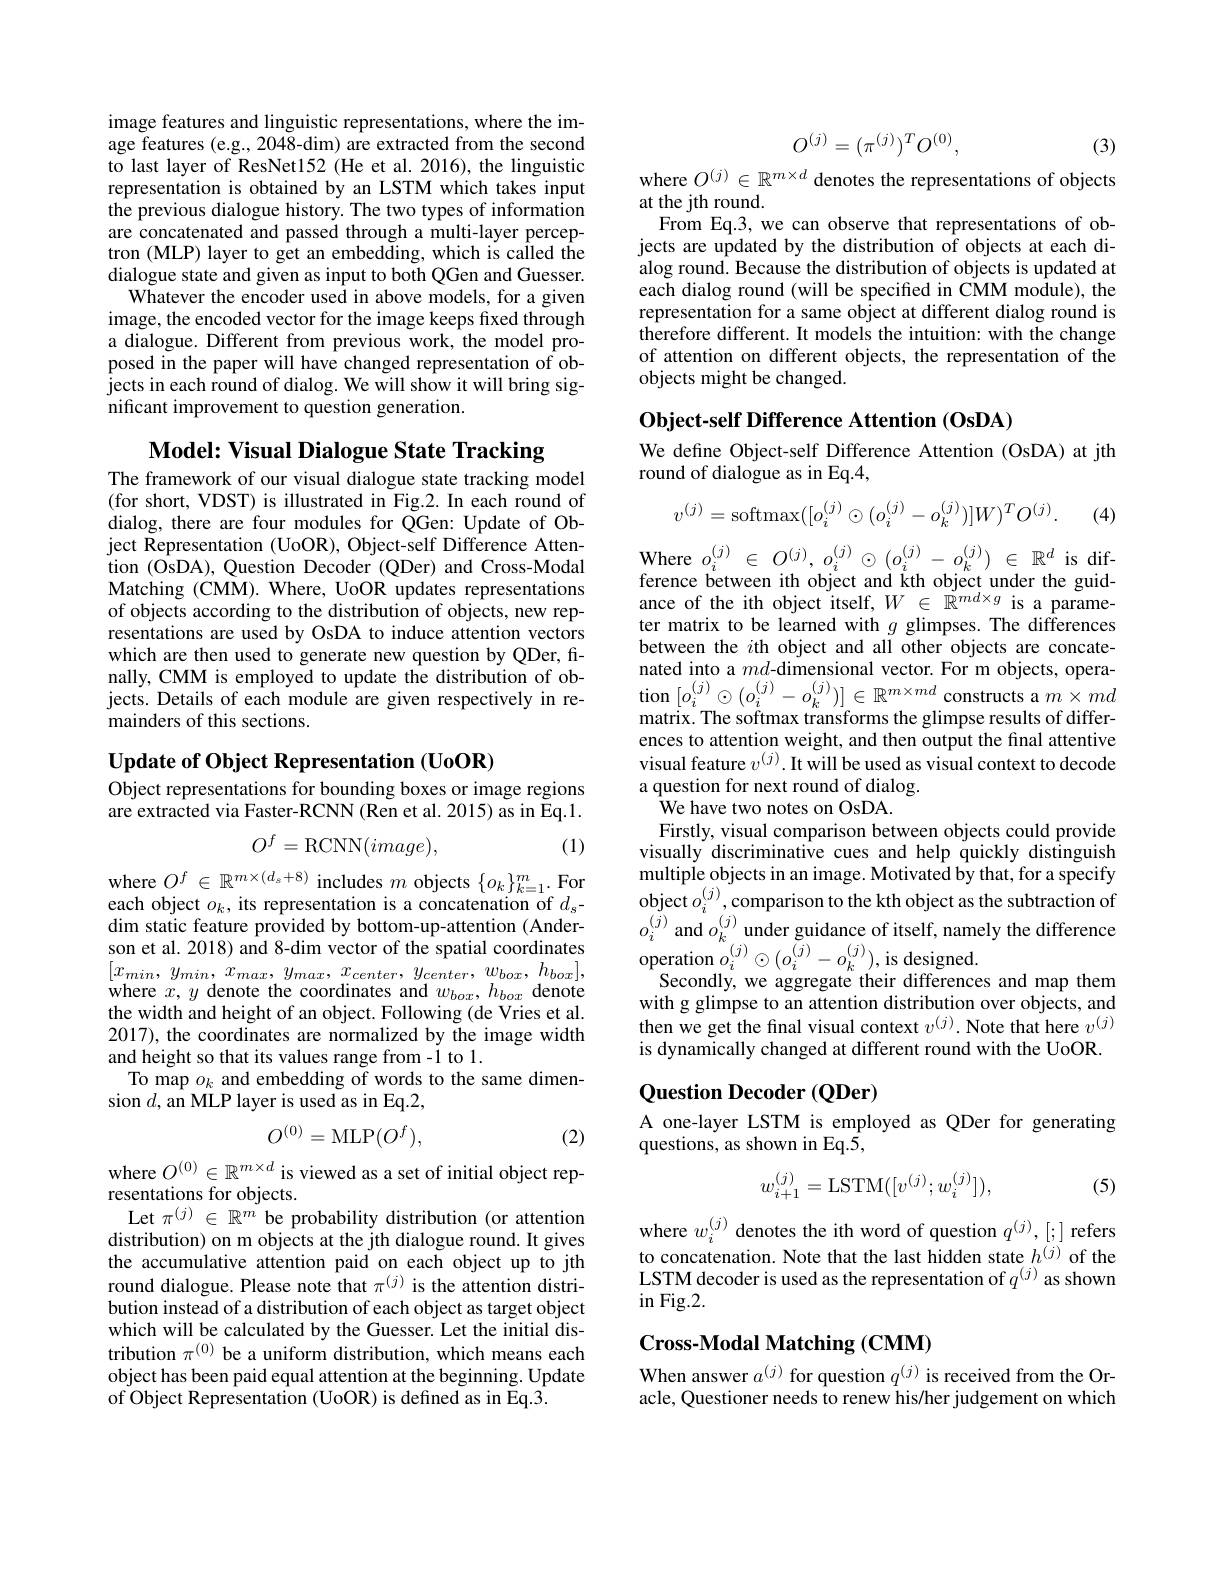
image features and linguistic representations, where the image features (e.g., 2048-dim) are extracted from the second to last layer of ResNet152 (He et al. 2016), the linguistic representation is obtained by an LSTM which takes input the previous dialogue history. The two types of information are concatenated and passed through a multi-layer perceptron (MLP) layer to get an embedding, which is called the dialogue state and given as input to both QGen and Guesser. Whatever the encoder used in above models, for a given image, the encoded vector for the image keeps fixed through a dialogue. Different from previous work, the model proposed in the paper will have changed representation of objects in each round of dialog. We will show it will bring significant improvement to question generation.

Model: Visual Dialogue State Tracking

The framework of our visual dialogue state tracking model (for short, VDST) is illustrated in Fig.2. In each round of dialog, there are four modules for QGen: Update of Object Representation (UoOR), Object-self Difference Attention (OsDA), Question Decoder (QDer) and Cross-Modal Matching (CMM). Where, UoOR updates representations of objects according to the distribution of objects, new representations are used by OsDA to induce attention vectors which are then used to generate new question by QDer, finally, CMM is employed to update the distribution of objects. Details of each module are given respectively in remainders of this sections.

$\textbf{Update of Object Representation }( \mathbf{UoOR})$

Object representations for bounding boxes or image regions are extracted via Faster-RCNN (Ren et al. 2015) as in Eq.1.
$$O^f=\mathrm{RCNN}(image),$$
(1)

where $O^f\in\mathbb{R}^{m\times(d_s+8)}$ includes $m$ objects $\{o_k\}_k=1^m.$ For each object $o_k$, its representation is a concatenation of $d_s-$ dim static feature provided by bottom-up-attention (Anderson et al. 2018) and 8-dim vector of the spatial coordinates $[ x_{min}, y_{min}$, $x_{max}$, $y_{max}$, $x_{center}$, $y_{center}$, $w_{box}$, $h_{box}] $, where $x,y$ denote the coordinates and $w_box,h_{box}$ denote the width and height of an object. Following (de Vries et al. 2017), the coordinates are normalized by the image width and height so that its values range from -1 to 1.
To map $o_k$ and embedding of words to the same dimen-
sion $d$,an MLP layer is used as in Eq.2,
$$O^{(0)}=\mathrm{MLP}(O^f),$$
(2)

where $O^{(0)}\in\mathbb{R}^{m\times d}$ is viewed as a set of initial object rep-
resentations for objects.
Let $\pi^{(j)}\in\mathbb{R}^m$ be probability distribution (or attention distribution) on m objects at the jth dialogue round. It gives the accumulative attention paid on each object up to jth round dialogue. Please note that $\pi^{(j)}$ is the attention distribution instead of a distribution of each object as target object which will be calculated by the Guesser. Let the initial distribution $\pi^{(0)}$ be a uniform distribution, which means each object has been paid equal attention at the beginning. Update of Object Representation (UoOR) is defined as in Eq.3.
$$O^{(j)}=(\pi^{(j)})^{T}O^{(0)},$$
(3)

where $O^{(j)}\in\mathbb{R}^{m\times d}$ denotes the representations of objects
at the jth round.
From Eq.3, we can observe that representations of objects are updated by the distribution of objects at each dialog round. Because the distribution of objects is updated at each dialog round (will be specified in CMM module), the representation for a same object at different dialog round is therefore different. It models the intuition: with the change of attention on different objects, the representation of the objects might be changed.

Object-self Difference Attention (OsDA)

We define Object-self Difference Attention (OsDA) at jth
## round of dialogue as in Eq.4,
$$v^{(j)}=\mathrm{softmax}([o_i^{(j)}\odot(o_i^{(j)}-o_k^{(j)})]W)^TO^{(j)}.$$
(4)

Where $o_{i}^{(j)}\in O^{(j)},o_{i}^{(j)}\odot(o_{i}^{(j)}-o_{k}^{(j)})\in\mathbb{R}^{d}$ is difference between ith object and kth object under the guidance of the ith object itself, $W\in\mathbb{R}^md\times g$ is a parameter matrix to be learned with $g$ glimpses. The differences between the $i$th object and all other objects are concatenated into a $md$-dimensional vector. For m objects, operation $[o_{i}^{(j)}\odot(o_{i}^{(j)}-o_{k}^{(j)})]\in\mathbb{R}^{m\times md}$ constructs a $m\times md$ matrix. The softmax transforms the glimpse results of differences to attention weight, and then output the final attentive visual feature $v^{(j)}.$ It will be used as visual context to decode a question for next round of dialog.
We have two notes on OsDA
Firstly, visual comparison between objects could provide visually discriminative cues and help quickly distinguish multiple objects in an image. Motivated by that, for a specify object $o_{i}^{( j) }$,comparison to the kth object as the subtraction of $o_{i}^{( j) }$ and $o_{k}^{( j) }$ under guidance of itself, namely the difference operation $o_{i}^{( j) }\odot ( o_{i}^{( j) }- o_{k}^{( j) }) $,is designed.
Secondly, we aggregate their differences and map them with g glimpse to an attention distribution over objects, and then we get the final visual context $v^{(j)}.$ Note that here $v^{(j)}$ is dynamically changed at different round with the UoOR.

### Question Decoder (QDer)

A one-layer LSTM is employed as QDer for generating
questions, as shown in Eq.5,
$$w_{i+1}^{(j)}=\mathrm{LSTM}([v^{(j)};w_{i}^{(j)}]),$$
(5)

where $w_i^{(j)}$ denotes the ith word of question $q^{(j)},[;]$ refers to concatenation. Note that the last hidden state $h^{(j)}$of the LSTM decoder is used as the representation of $q^{(j)}$ as shown in Fig. 2.

### $\mathbf{Cross-Modal~Matching~(CMM)}$

When answer $a^{(j)}$ for question $q^{(j)}$ is received from the Oracle, Questioner needs to renew his/her judgement on which